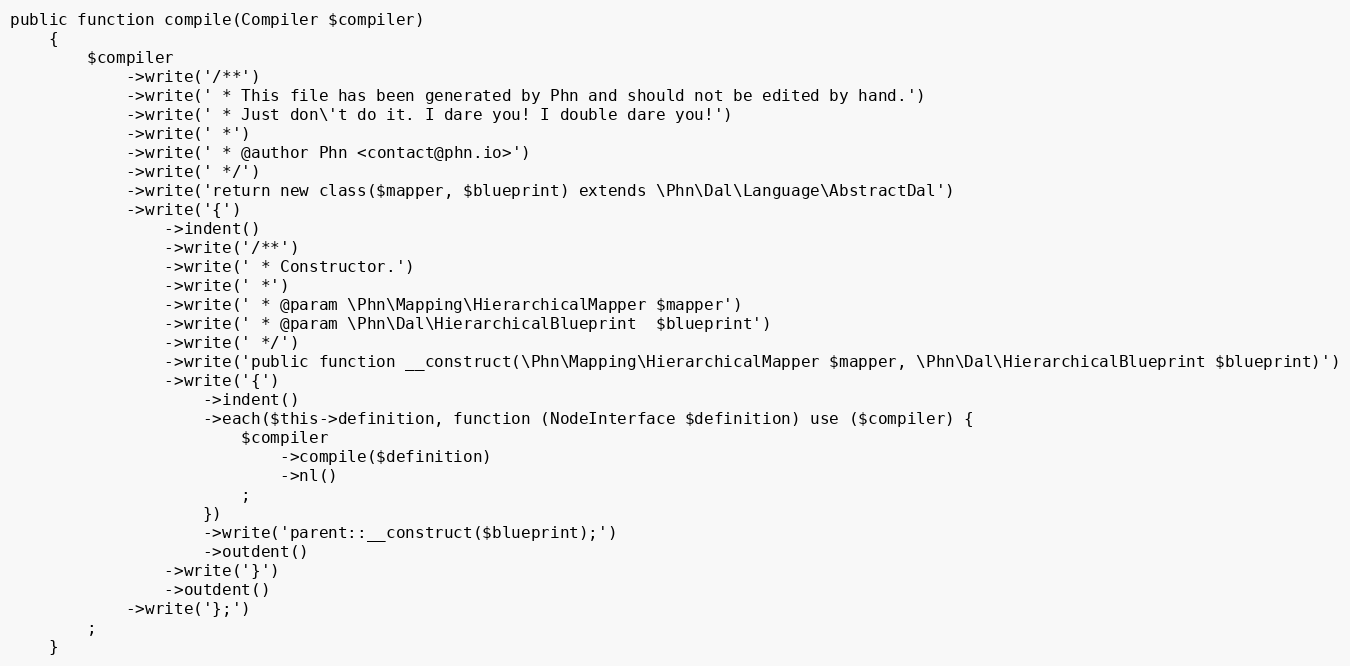
Language: PHP
public function compile(Compiler $compiler)
    {
        $compiler
            ->write('/**')
            ->write(' * This file has been generated by Phn and should not be edited by hand.')
            ->write(' * Just don\'t do it. I dare you! I double dare you!')
            ->write(' *')
            ->write(' * @author Phn <contact@phn.io>')
            ->write(' */')
            ->write('return new class($mapper, $blueprint) extends \Phn\Dal\Language\AbstractDal')
            ->write('{')
                ->indent()
                ->write('/**')
                ->write(' * Constructor.')
                ->write(' *')
                ->write(' * @param \Phn\Mapping\HierarchicalMapper $mapper')
                ->write(' * @param \Phn\Dal\HierarchicalBlueprint  $blueprint')
                ->write(' */')
                ->write('public function __construct(\Phn\Mapping\HierarchicalMapper $mapper, \Phn\Dal\HierarchicalBlueprint $blueprint)')
                ->write('{')
                    ->indent()
                    ->each($this->definition, function (NodeInterface $definition) use ($compiler) {
                        $compiler
                            ->compile($definition)
                            ->nl()
                        ;
                    })
                    ->write('parent::__construct($blueprint);')
                    ->outdent()
                ->write('}')
                ->outdent()
            ->write('};')
        ;
    }